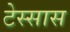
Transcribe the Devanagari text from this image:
टेस्सास